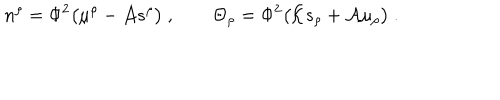
n ^ { \rho } = \Phi ^ { 2 } \big ( \mu ^ { \rho } - { \cal A } s ^ { \rho } \big ) \ , \qquad \Theta _ { \rho } = \Phi ^ { 2 } \big ( { \cal K } s _ { \rho } + { \cal A } \mu _ { \rho } \big ) \ .